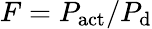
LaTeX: F=P_{\textrm{act}}/P_{\textrm{d}}